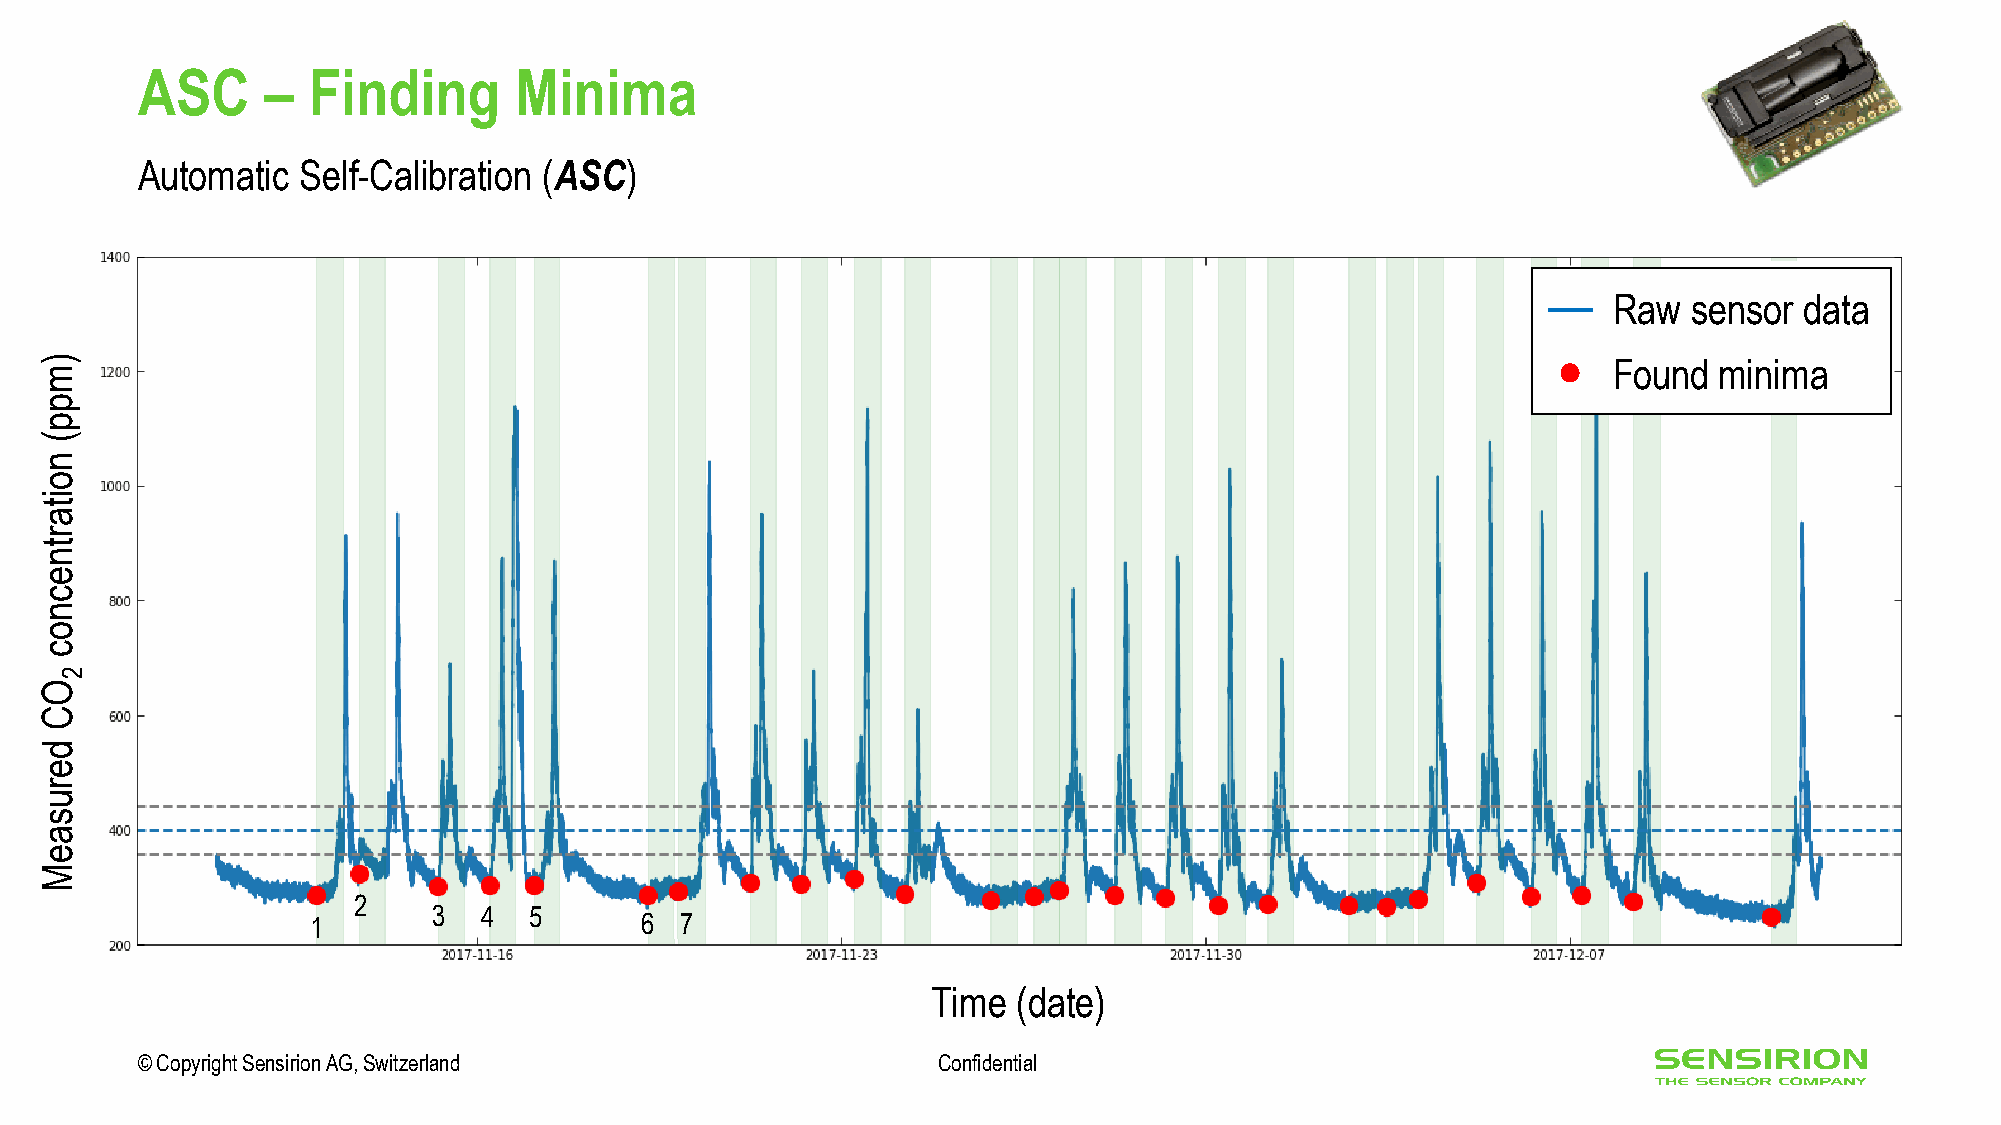
ASC      – Finding       Minima
 Automatic  Self-Calibration (ASC)
 Raw  sensor data
 )                                                                                                       Found  minima
 m
 p
 p
 (
 n
 o
 i
 t
 a
 r
 t
 n
 e
 c
 n
 o
 c
 2
 O
 C
 d
 e
 r
 u
 s
 a
 e
 M
 2
 3  4  5
 1                    6  7
 Time (date)
 © Copyright Sensirion AG, Switzerland                Confidential